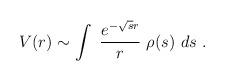
LaTeX: \begin{align*}V(r) \sim \int ~{e^{-\sqrt{s}r} \over r}~\rho(s)~ds~.\end{align*}